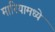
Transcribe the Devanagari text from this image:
मारियामध्ये